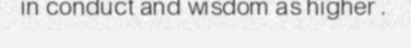
in conduct and wisdom as higher .